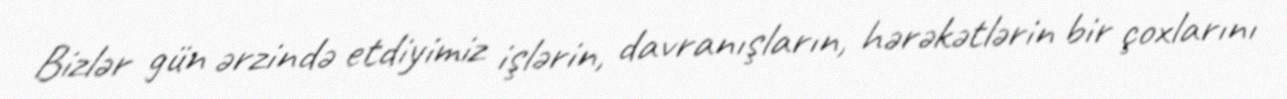
Bizlər gün ərzində etdiyimiz işlərin, davranışların, hərəkətlərin bir çoxlarını